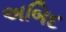
અબિદ